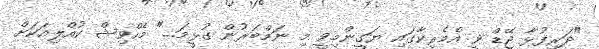
"ދަރިފުޅާ ޖޭޑް ވީ އެމެރިކާގައި ޔަގީންމިވީ މި ނަމްބަރުން ގުޅީމަ..." މެހްވިޝް ކުއްލިއަކަށް